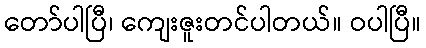
တော်ပါပြီ၊ ကျေးဇူးတင်ပါတယ်။ ဝပါပြီ။